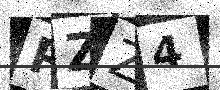
Text: PZZ4